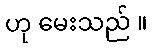
ဟု မေးသည် ။